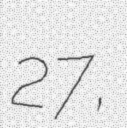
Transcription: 27,